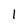
Character: 1